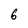
Character: 6